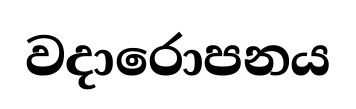
වදාරොපනය